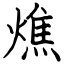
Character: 燋